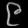
Digit: ၉